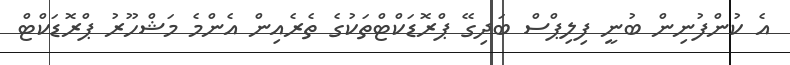
އެ ކުންފުނިން ބުނީ ފިލިޕްސް ބަދިގޭ ޕްރޮޑަކްޓްތަކުގެ ތެރެއިން އެންމެ މަޝްހޫރު ޕްރޮޑަކްޓް